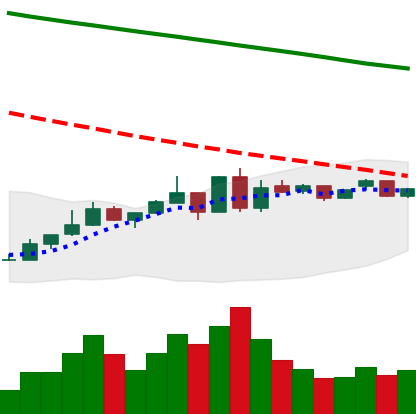
Ticker: ETC-USD
Chart end date: 2019-01-04
Forward return: -5.162%
Label: down_5_7